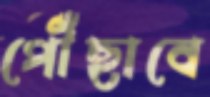
পৌঁছাবে